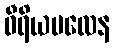
ဝီရိယဗလေန